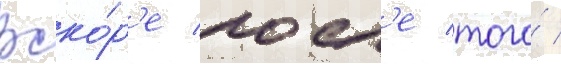
Вско́р'е посл'е того́ /